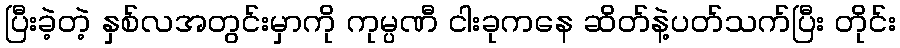
ပြီးခဲ့တဲ့ နှစ်လအတွင်းမှာကို ကုမ္ပဏီ ငါးခုကနေ ဆိတ်နဲ့ပတ်သက်ပြီး တိုင်း